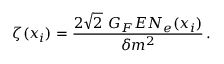
\zeta ( x _ { i } ) = \frac { 2 \sqrt { 2 } \ G _ { F } E N _ { e } ( x _ { i } ) } { \delta m ^ { 2 } } \, .